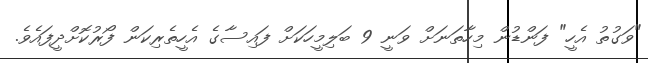
"ވަގުތު އެހީ" ފަންޑުން މިހާތަނަށް ވަނީ 9 ބަލިމީހަކަށް ފައިސާގެ އެހީތެރިކަން ފޯރުކޮށްދީފައެވެ.